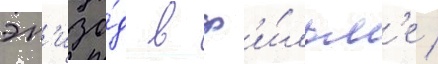
эп'изо́д в ф'и́льм'е /